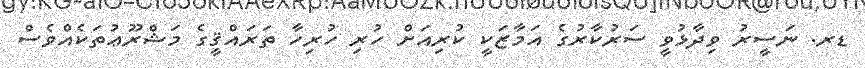
ޑރ. ނަސީރު ވިދާޅުވީ ސަރުކާރުގެ އަމާޒަކީ ކުރިއަށް ހުރި ހުރިހާ ތަރައްޤީގެ މަޝްރޫޢުތަކެއްވެސް